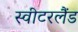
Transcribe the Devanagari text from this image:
स्‍वीटरलैंड